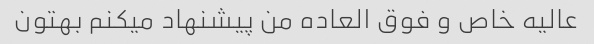
عالیه خاص و فوق العاده من پیشنهاد میکنم بهتون